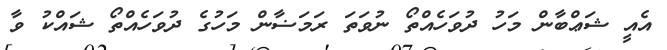
އެއީ ޝަޢްބާން މަހު ދުވަހެއްތޯ ނުވަތަ ރަމަޟާން މަހުގެ ދުވަހެއްތޯ ޝައްކު ވާ